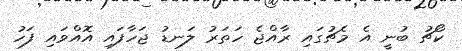
ކޯޗު ބުނީ އެ މެޗުގައި ރާއްޖެ ހަތަރު ލަނޑު ޖަހާފައި އޮއްވައި ފަހު